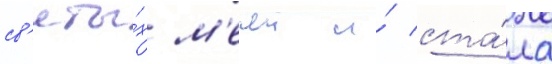
св'яты́х м'ечеи и́ ста́ла